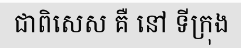
ជាពិសេស គឺ នៅ ទីក្រុង